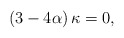
\begin{align*}\left( 3-4\alpha \right) \kappa=0, \end{align*}